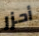
أحزر